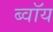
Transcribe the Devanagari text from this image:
ब्‍वॉय